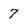
Character: 7